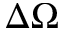
\Delta \Omega